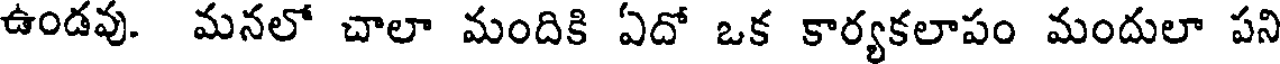
ఉండవు. మనలో చాలా మందికి ఏదో ఒక కార్యకలాపం మందులా పని